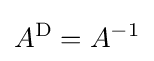
A^{\text{D}}=A^{-1}